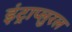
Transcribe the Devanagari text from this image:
इंट्राप्लुरल